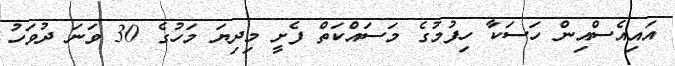
އައިއެސްއިން ހަސަކާ ހިފުމުގެ މަސައްކަތް ފެށީ މިދިޔަ މަހުގެ 30 ވަނަ ދުވަހު